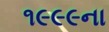
૧૯૯૯ના